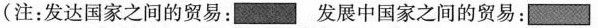
(注：发达国家之间的贸易： 发展中国家之间的贸易：